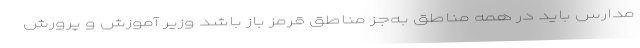
مدارس باید در همه مناطق به‌جز مناطق قرمز باز باشد وزیر آموزش و پرورش